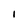
Character: 1